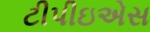
ટીપીઇએસ